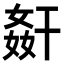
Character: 𭒋